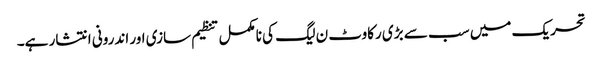
تحریک میں سب سے بڑی رکاوٹ ن لیگ کی نامکمل تنظیم سازی اور اندرونی انتشار ہے۔